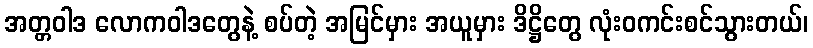
အတ္တဝါဒ လောကဝါဒတွေနဲ့ စပ်တဲ့ အမြင်မှား အယူမှား ဒိဋ္ဌိတွေ လုံးဝကင်းစင်သွားတယ်၊